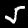
Label: 5